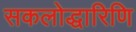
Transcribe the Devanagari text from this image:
सकलोद्धारिणि